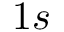
1 s